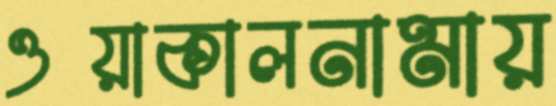
ওয়াকালনামায়